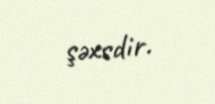
şəxsdir.